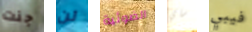
جنت لن الضوئية ساي فيبي